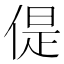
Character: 偍